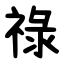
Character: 祿